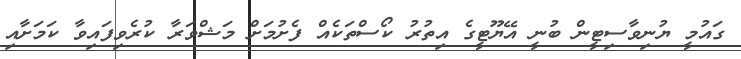
ގައުމީ ޔުނިވާސިޓީން ބުނީ އޭޔޫޓީގެ އިތުރު ކޯސްތަކެއް ފެށުމަށް މަޝްވަރާ ކުރެވިފައިވާ ކަމަށާއި